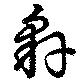
豻